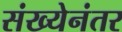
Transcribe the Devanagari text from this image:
संख्येनंतर